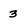
Character: 3